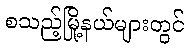
စသည့်မြို့နယ်များတွင်